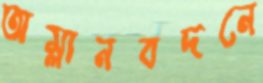
অম্লানবদনে